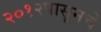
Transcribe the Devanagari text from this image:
२०१२पासूनचे